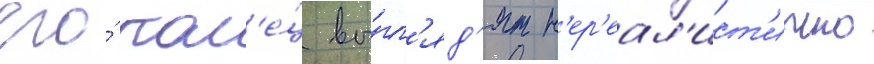
его́ кол'е́ц вы́гл'яд'ят н'ер'еал'ист'ично